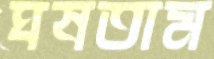
ঘষতাম